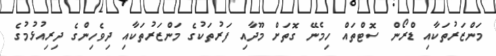
މަންޒަރުތަކާއި ޑްރޯން ސޮޓްތައް ހިމެނޭ ގޮތަށް މޫދާއި ފަރުތަކުގެ މަންޒަރުތަކާއި ދިވެހިންގެ ދިރިއުޅުމުގެ